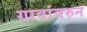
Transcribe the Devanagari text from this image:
गावांवरुन